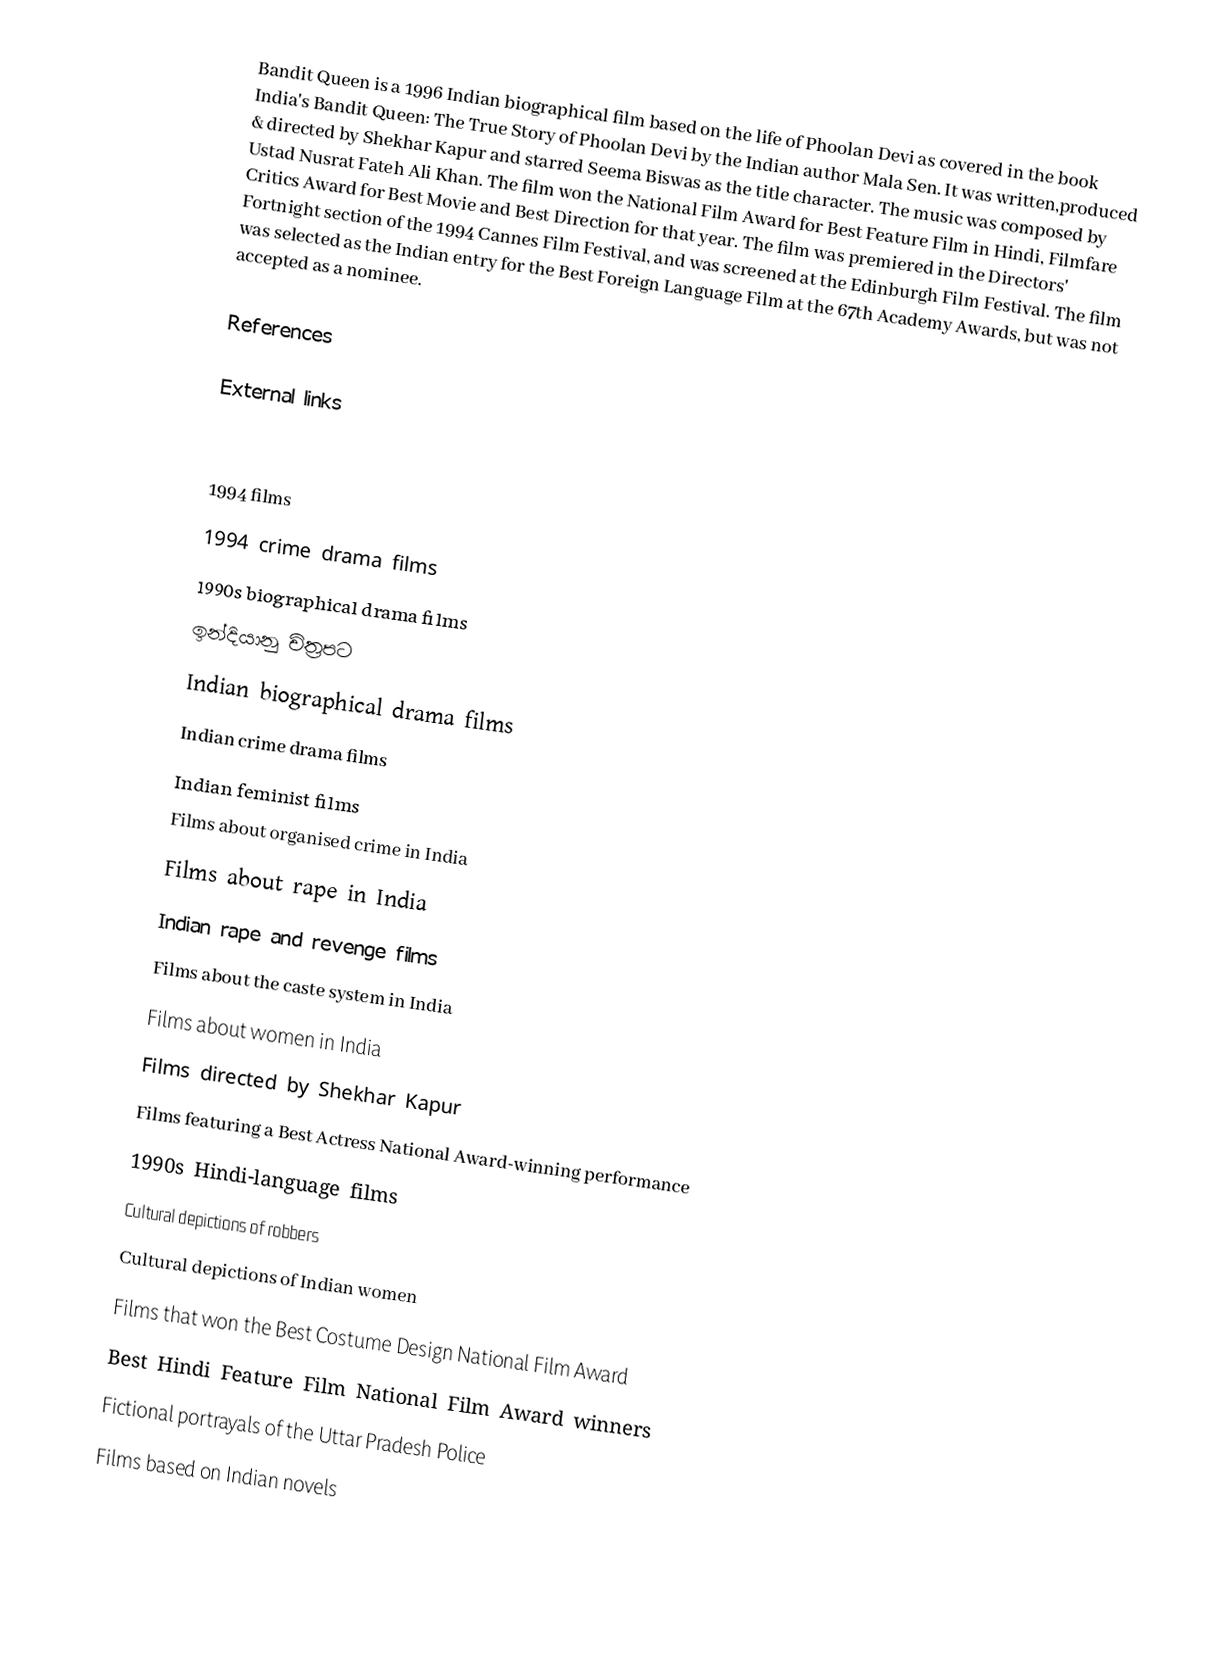
Bandit Queen  is a 1996 Indian biographical film based on the life of Phoolan Devi as covered in the book India's Bandit Queen: The True Story of Phoolan Devi by the Indian author Mala Sen. It was written,produced & directed by Shekhar Kapur and starred Seema Biswas as the title character. The music was composed by Ustad Nusrat Fateh Ali Khan. The film won the National Film Award for Best Feature Film in Hindi, Filmfare Critics Award for Best Movie and Best Direction for that year. The film was premiered in the Directors' Fortnight section of the 1994 Cannes Film Festival, and was screened at the Edinburgh Film Festival. The film was selected as the Indian entry for the Best Foreign Language Film at the 67th Academy Awards, but was not accepted as a nominee.

References

External links

1994 films
1994 crime drama films
1990s biographical drama films
ඉන්දියානු චිත්‍රපට
Indian biographical drama films
Indian crime drama films
Indian feminist films
Films about organised crime in India
Films about rape in India
Indian rape and revenge films
Films about the caste system in India
Films about women in India
Films directed by Shekhar Kapur
Films featuring a Best Actress National Award-winning performance
1990s Hindi-language films
Cultural depictions of robbers
Cultural depictions of Indian women
Films that won the Best Costume Design National Film Award
Best Hindi Feature Film National Film Award winners
Fictional portrayals of the Uttar Pradesh Police
Films based on Indian novels